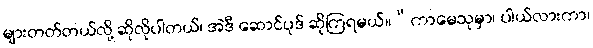
များတတ်တယ်လို့ ဆိုလိုပါတယ်၊ အဲဒီ ဆောင်ပုဒ် ဆိုကြရမယ်။“ကာမေသုမှာ၊ ပါယ်လားကာ၊